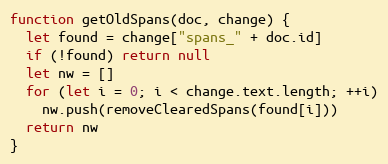
Language: JavaScript
function getOldSpans(doc, change) {
  let found = change["spans_" + doc.id]
  if (!found) return null
  let nw = []
  for (let i = 0; i < change.text.length; ++i)
    nw.push(removeClearedSpans(found[i]))
  return nw
}